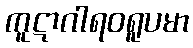
ကူဋာဂါရဝရူပမာ